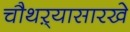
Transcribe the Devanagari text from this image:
चौथऱ्यासारखे